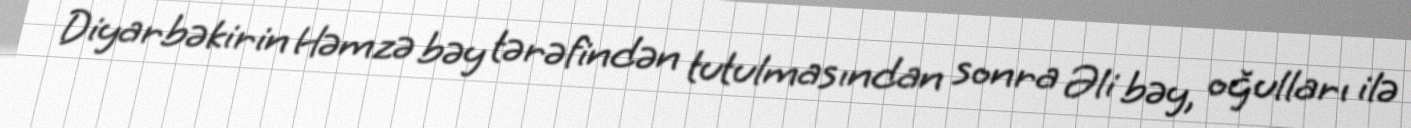
Diyarbəkirin Həmzə bəy tərəfindən tutulmasından sonra Əli bəy, oğulları ilə